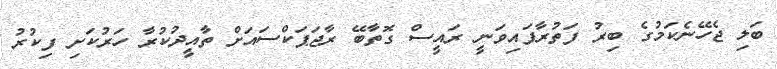
ބަލި ޖެހޭނެކަމުގެ ބިރު ފަތުރާފައިވަނީ ރައީސް ގޮތާބޭ ރާޖަޕަކްސައަށް ތާއީދުކުރާ ހަރުކަށި ފިކުރު